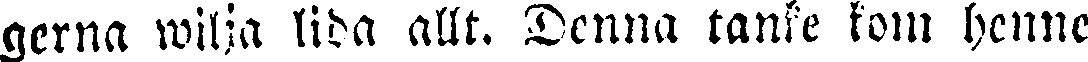
gerna wilja lida allt. Denna tanke kom henne